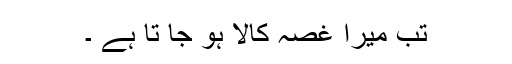
تب میرا غصہ کالا ہو جا تا ہے ۔